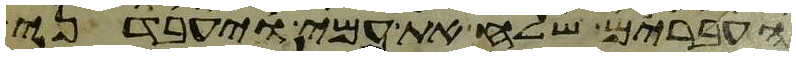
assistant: העברים שלח את עמי ויעבדני